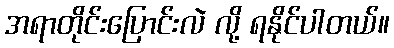
အရာတိုင်းပြောင်းလဲ လို့ ရနိုင်ပါတယ်။